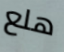
هلع